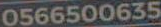
0566500635